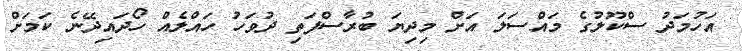
އަހުމަދު ސްކޫލުގެ މައްސަލަ އަށް މިދިޔަ ބުރާސްފަތި ދުވަހު ހައްލެއް ހޯދައިދޭނެ ކަމަށް